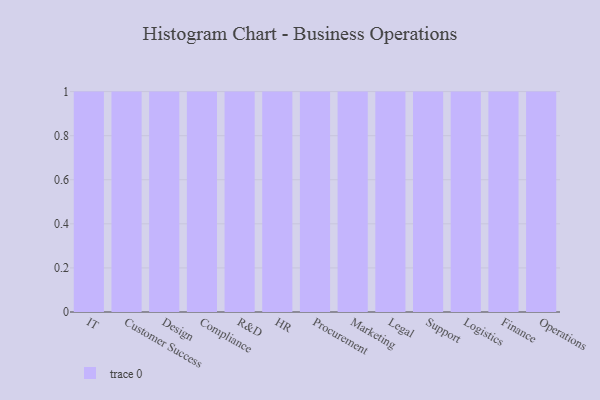
{"axis": {"x": "Department", "y": "Operating Costs (USD K)"}, "legend": [""], "data": [{"x": "IT", "y": 35, "type": ""}, {"x": "Customer Success", "y": 76, "type": ""}, {"x": "Design", "y": 9, "type": ""}, {"x": "Compliance", "y": 12, "type": ""}, {"x": "R&D", "y": 71, "type": ""}, {"x": "HR", "y": 60, "type": ""}, {"x": "Procurement", "y": 10, "type": ""}, {"x": "Marketing", "y": 35, "type": ""}, {"x": "Legal", "y": 97, "type": ""}, {"x": "Support", "y": 83, "type": ""}, {"x": "Logistics", "y": 29, "type": ""}, {"x": "Finance", "y": 18, "type": ""}, {"x": "Operations", "y": 18, "type": ""}]}